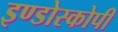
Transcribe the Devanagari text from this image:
इण्डोस्कोपी